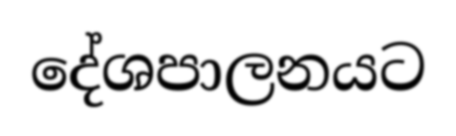
දේශපාලනයට